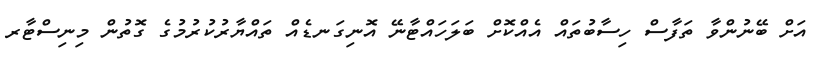
އަށް ބޭނުންވާ ތަފާސް ހިސާބުތައް އެއްކޮށް ބަލަހައްޓާނޭ އޮނިގަނޑެއް ތައްޔާރުކުރުމުގެ ގޮތުން މިނިސްޓާރ